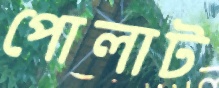
পোলাট